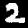
Digit: 2